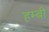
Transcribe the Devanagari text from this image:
हम्बी